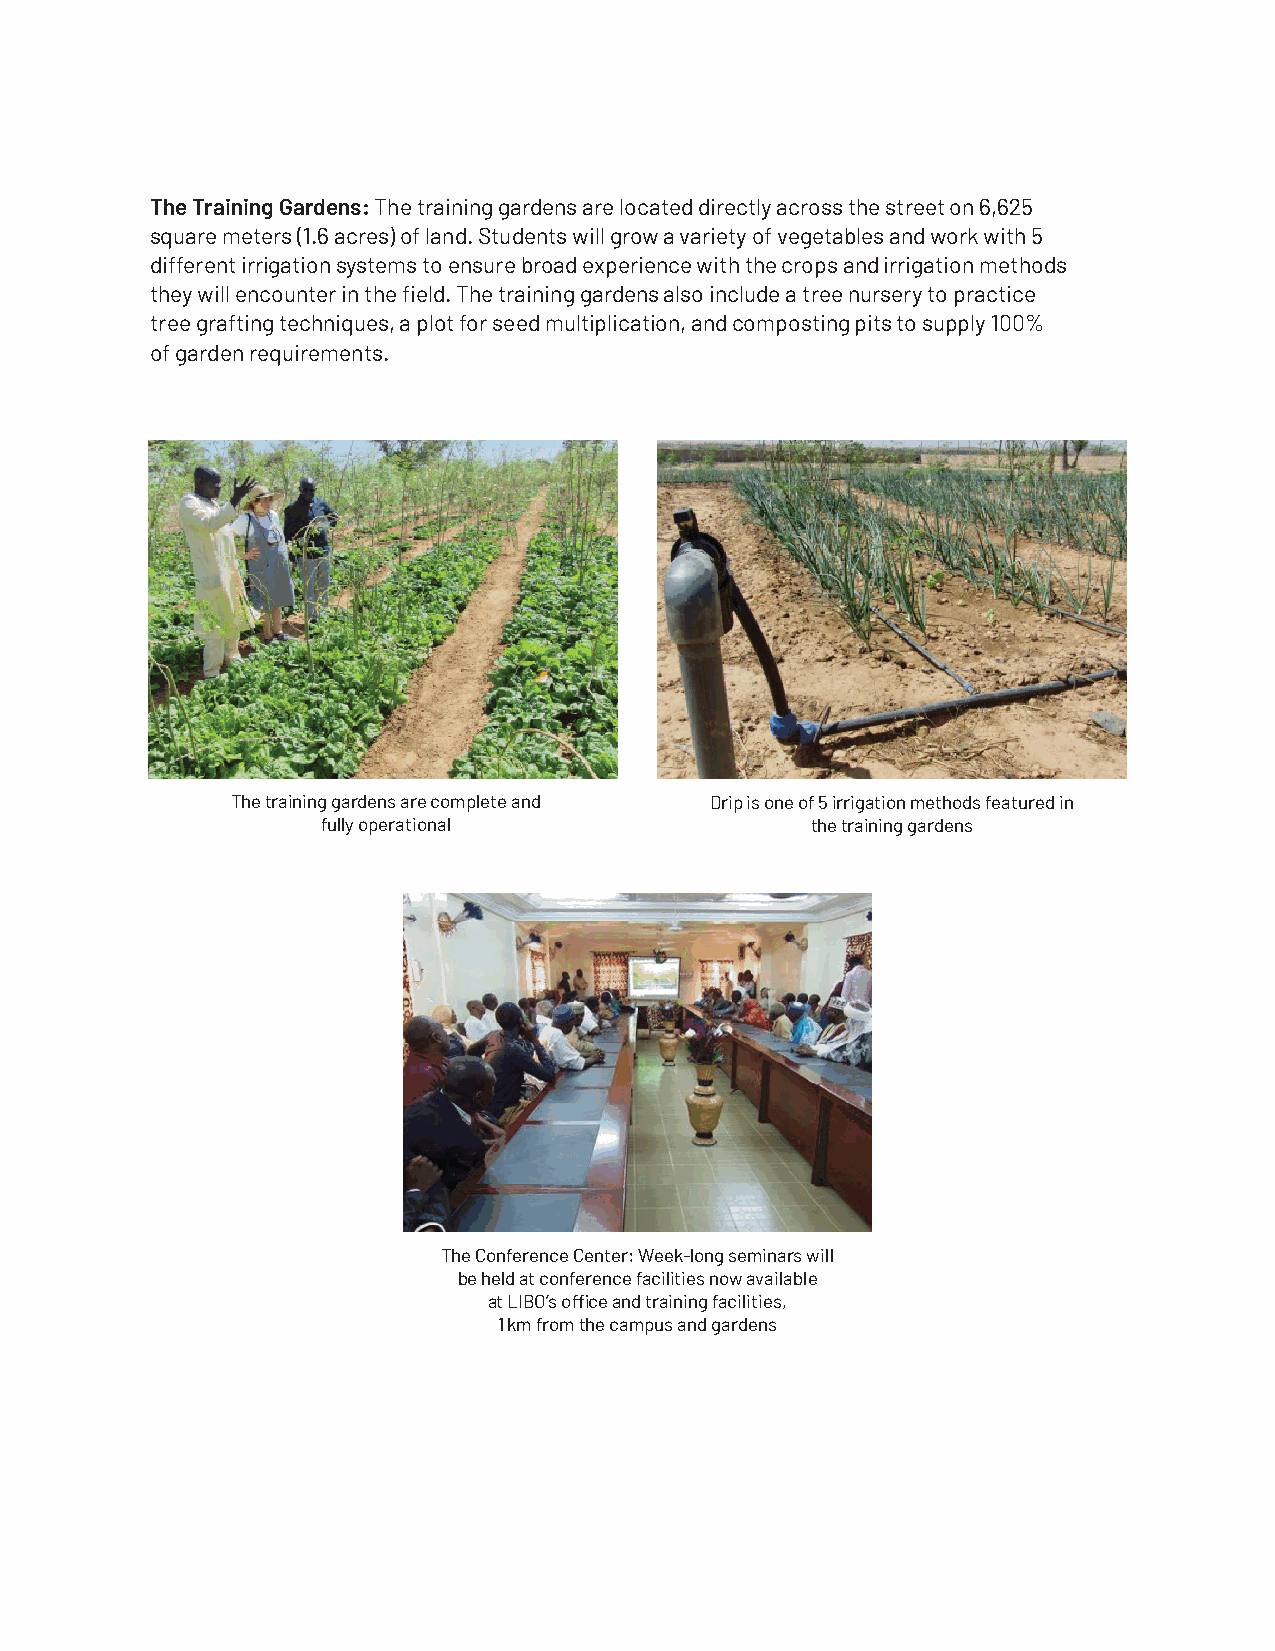
The Training Gardens: The training gardens are located directly across the street on 6,625
 square meters (1.6 acres) of land. Students will grow a variety of vegetables and work with 5
 different irrigation systems to ensure broad experience with the crops and irrigation methods
 they will encounter in the fi eld. The training gardens also include a tree nursery to practice
 tree grafting techniques, a plot for seed multiplication, and composting pits to supply 100%
 of garden requirements.
 The training gardens are complete and Drip is one of 5 irrigation methods featured in
 fully operational                the training gardens
 The Conference Center: Week-long seminars will
 be held at conference facilities now available
 at LIBO’s offi ce and training facilities,
 1 km from the campus and gardens